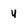
Character: U